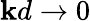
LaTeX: \mathbf{k}d\to0